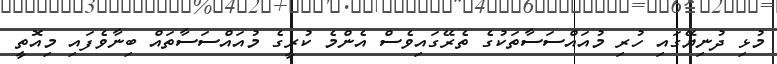
މުޅި ދުނިޔޭގައި ހުރި މުއައްސަސާތަކުގެ ތެރޭގައިވެސް އެންމެ ކުރީގެ މުއައްސަސާތައް ބިނާވެފައި މިއޮތީ